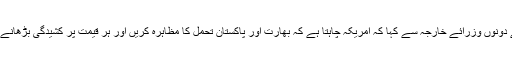
مائیک پومپیو نے دونوں وزرائے خارجہ سے کہا کہ امریکہ چاہتا ہے کہ بھارت اور پاکستان تحمل کا مظاہرہ کریں اور ہر قیمت پر کشیدگی بڑھانے سے گریز کریں۔